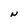
Character: N